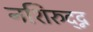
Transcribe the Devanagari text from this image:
नशिरुद्द्न